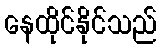
နေထိုင်နိုင်သည်